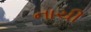
નાચી